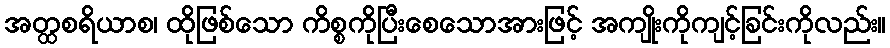
အတ္ထစရိယာစ၊ ထိုဖြစ်သော ကိစ္စကိုပြီးစေသောအားဖြင့် အကျိုးကိုကျင့်ခြင်းကိုလည်း။